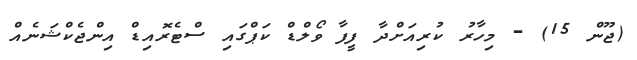
(ޖޫން 15) - މިހާރު ކުރިއަށްދާ ފީފާ ވޯލްޑް ކަޕްގައި ސްޓެރޮއިޑް އިންޖެކްޝަނެއް